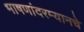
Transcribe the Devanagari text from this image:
भाषणांदरम्यानचे